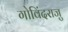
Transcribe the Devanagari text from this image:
गोविंदराजु